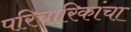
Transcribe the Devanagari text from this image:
परिचारिकांचा